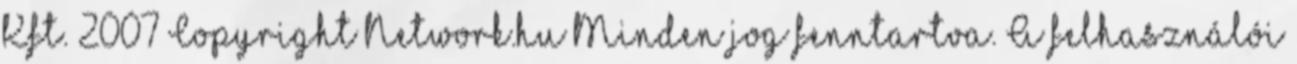
Kft. 2007 Copyright Network.hu Minden jog fenntartva. A felhasználói